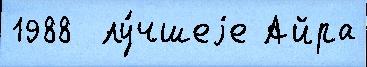
1988  лу́чшеjе Айра